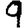
Digit: 9